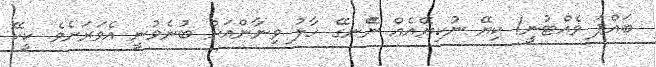
ބައްޕަ ވެއްޓުނީ! ކިޔޭ ނުކިޔޭއެއް ނޭޭނގޭ ހާލު ވިނާންއަށް ބުނެވުނީ އެވަރަށެވެ. ކީކޭ